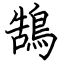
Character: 鵠